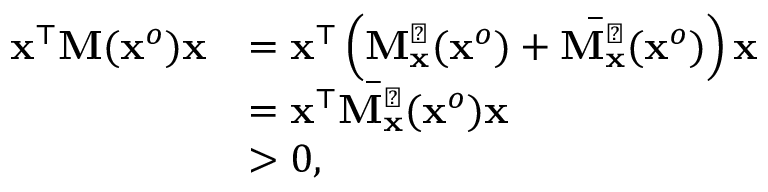
\begin{array} { r l } { { \bf x } ^ { \top } { \bf M } ( { \bf x } ^ { o } ) { \bf x } } & { = { \bf x } ^ { \top } \left( { \bf M } _ { \bf x } ^ { \perp } ( { \bf x } ^ { o } ) + \overbar { { { \bf M } } _ { \bf x } ^ { \perp } } ( { \bf x } ^ { o } ) \right) { \bf x } } \\ & { = { \bf x } ^ { \top } \overbar { { { \bf M } } _ { \bf x } ^ { \perp } } ( { \bf x } ^ { o } ) { \bf x } } \\ & { > 0 , } \end{array}